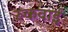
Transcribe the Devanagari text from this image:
रुकवाई